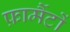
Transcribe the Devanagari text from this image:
फ़ार्मैटों